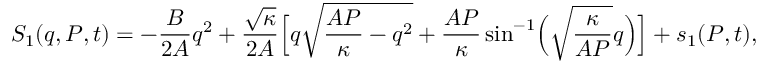
S _ { 1 } ( q , P , t ) = - \frac { B } { 2 A } q ^ { 2 } + \frac { \sqrt { \kappa } } { 2 A } \Bigl [ q \sqrt { \frac { A P } { \kappa } - q ^ { 2 } } + \frac { A P } { \kappa } \sin ^ { - 1 } \Bigl ( \sqrt { \frac { \kappa } { A P } } q \Bigr ) \Bigr ] + s _ { 1 } ( P , t ) ,